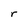
Character: r